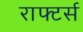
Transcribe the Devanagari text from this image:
राफ्टर्स